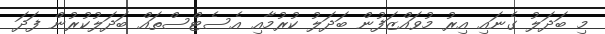
މި ބަދަލު ގެނައި އިރު މުވައްޒަފުން ބަދަލު ކުރުމާއި އެސެޓްސްތައް ބަދަލުކުރުން ފަދަ